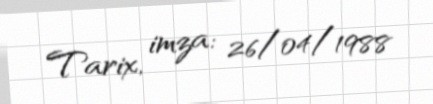
Tarix, imza: 26/04/1988